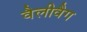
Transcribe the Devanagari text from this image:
वैलीवैग